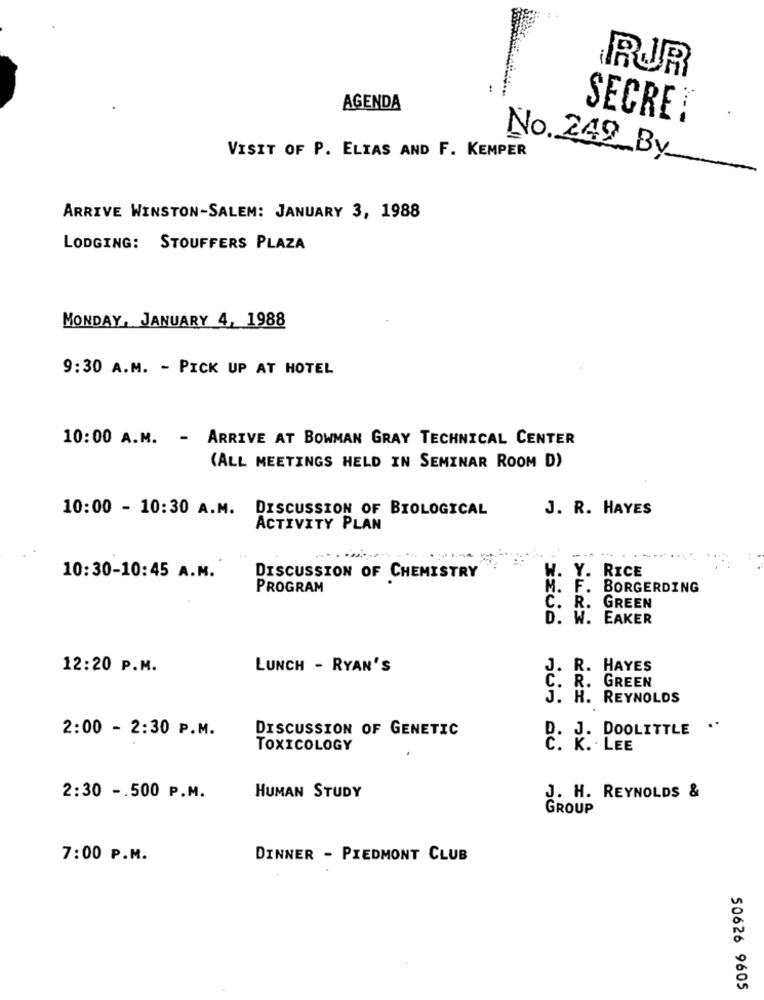
RUR
AGENDA
SECRET
VISIT OF P. ELIAS AND F. KEMPER
No. 249 By
ARRIVE WINSTON-SALEM: JANUARY 3, 1988
LODGING: STOUFFERS PLAZA
MONDAY, JANUARY 4, 1988
9:30 A.M. - PICK UP AT HOTEL
10:00 A.M. - ARRIVE AT BOWMAN GRAY TECHNICAL CENTER
(ALL MEETINGS HELD IN SEMINAR ROOM D)
10:00 - 10:30 A.M. DISCUSSION OF BIOLOGICAL
J. R. HAYES
ACTIVITY PLAN
10:30-10:45 A.M.
DISCUSSION OF CHEMISTRY
W. Y. RICE
PROGRAM
M. F. BORGERDING
. R. GREEN
D. W. EAKER
12:20 P.M.
LUNCH - RYAN'S
J. R. HAYES
C. R. GREEN
J. H. REYNOLDS
2:00 - 2:30 P.M.
DISCUSSION OF GENETIC
P. J. DOOLITTLE .
TOXICOLOGY
2:30 -. 500 P.M.
HUMAN STUDY
J. H. REYNOLDS &
GROUP
7:00 P.M.
DINNER - PIEDMONT CLUB
50626 9605